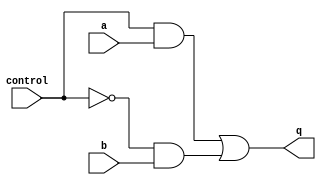
module mux(q, control, a, b);
output q;
reg q;
input control, a, b;
wire notcontrol;
always @(control or
notcontrol or
a or b)
q = (control & a) |
(notcontrol & b);
not (notcontrol, control);
endmodule
module flipflop(q, clk, rst, d);
input clk;
input rst;
input d;
output q;
reg q;
always @(posedge clk or posedge rst)
begin
if (rst)
q = 0;
else
q = d;
end
endmodule